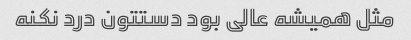
مثل همیشه عالی بود دستتون درد نکنه